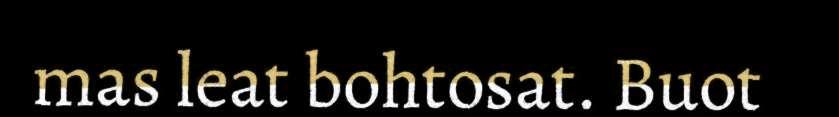
mas leat bohtosat. Buot